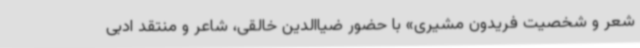
شعر و شخصیت فریدون مشیری» با حضور ضیاالدین خالقی، شاعر و منتقد ادبی